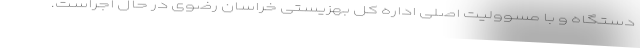
دستگاه و با مسوولیت اصلی اداره کل بهزیستی خراسان رضوی در حال اجراست.